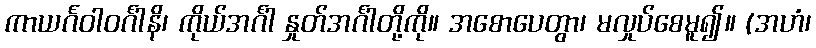
ကာယင်္ဂဝါဝင်္ဂါနိ၊ ကိုယ်အင်္ဂါ နှုတ်အင်္ဂါတို့ကို။ အစောပေတွာ၊ မလှုပ်စေမူ၍။ (အဟံ၊